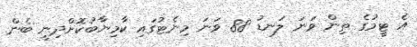
އެ ޓީމުގެ ތިން ވަނަ ލަނޑު 88 ވަނަ މިނެޓުގައި ކާމިޔާބުކޮށްދިނީ ބެން